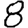
Digit: 8